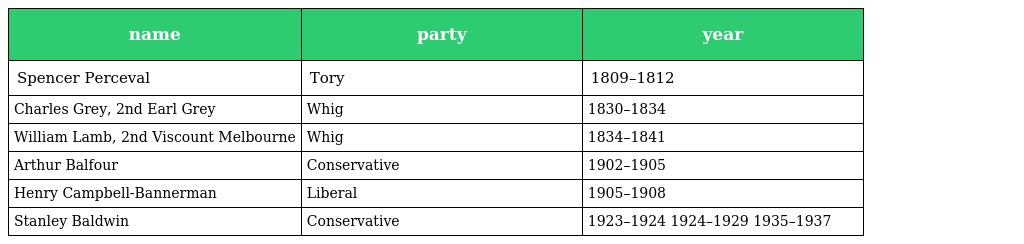
| name | party | year |
 | --- | --- | --- |
 | Spencer Perceval | Tory | 1809–1812 |
 | Charles Grey, 2nd Earl Grey | Whig | 1830–1834 |
 | William Lamb, 2nd Viscount Melbourne | Whig | 1834–1841 |
 | Arthur Balfour | Conservative | 1902–1905 |
 | Henry Campbell-Bannerman | Liberal | 1905–1908 |
 | Stanley Baldwin | Conservative | 1923–1924 1924–1929 1935–1937 |